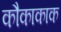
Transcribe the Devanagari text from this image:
कौकाकाक